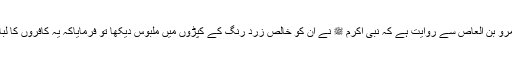
حضرت عبد اللہ بن عمرو بن العاصؓ سے روایت ہے کہ نبی اکرم ﷺ نے ان کو خالص زرد رنگ کے کپڑوں میں ملبوس دیکھا تو فرمایاکہ یہ کافروں کا لباس ہے اس کو نہ پہنو۔